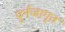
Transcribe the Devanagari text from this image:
पुर्नजागृत